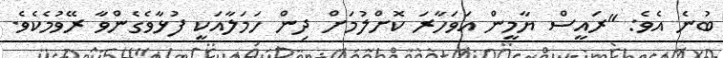
ބުނެ އެވެ: "ރައީސް ޔާމީން އަވަހާރަ ކޮށްލުމަށް ދިން ހަމަލާއަކީ ފުޅާވެގެންވާ ރޭވުމެކެވެ.